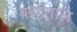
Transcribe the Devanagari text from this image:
बघाताल